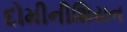
દોમીનીશિયન